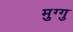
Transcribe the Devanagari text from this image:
मुग्गु